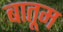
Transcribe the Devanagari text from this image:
बातूम